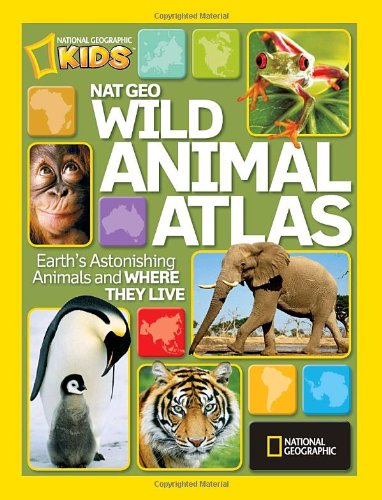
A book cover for Nat Geo Wild Animal Atlas: Earth's Astonishing Animals and Where They Live (National Geographic Kids); National Geographic; Children's Books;